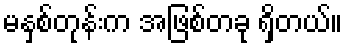
မနှစ်တုန်းက အဖြစ်တခု ရှိတယ်။